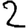
Digit: 2